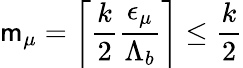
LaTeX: \mathsf{m}_{\mu}=\left\lceil\frac{{k}}{{2}}\frac{{{\epsilon}_{\mu}}}{{{\Lambda}_{b}}}\right\rceil\leq\frac{{k}}{{2}}